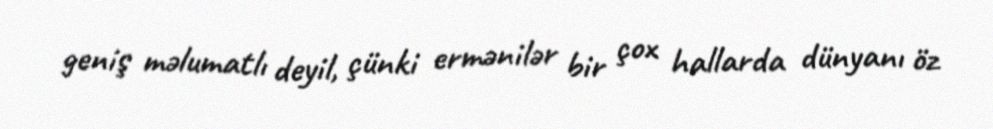
geniş məlumatlı deyil, çünki ermənilər bir çox hallarda dünyanı öz